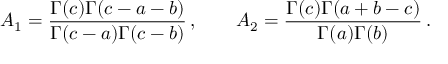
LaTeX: A _ { 1 } = { \frac { \Gamma ( c ) \Gamma ( c - a - b ) } { \Gamma ( c - a ) \Gamma ( c - b ) } } \, , \qquad A _ { 2 } = { \frac { \Gamma ( c ) \Gamma ( a + b - c ) } { \Gamma ( a ) \Gamma ( b ) } } \, .